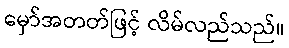
မှော်အတတ်ဖြင့် လိမ်လည်သည်။